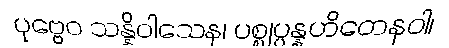
ပုဗ္ဗေဝ သန္နိဝါသေန၊ ပစ္စုပ္ပန္နဟိတေနဝါ၊